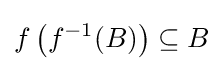
f\left(f^{-1}(B)\right)\subseteq B